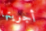
أجريتها